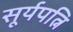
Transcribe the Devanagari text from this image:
सूर्यपत्नि